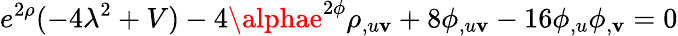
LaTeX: e^{2\rho}(-4\lambda^{2}+V)-4\alphae^{2\phi}\rho_{,u\mathbf{v}}+8\phi_{,u\mathbf{v}}-16\phi_{,u}\phi_{,\mathbf{v}}=0